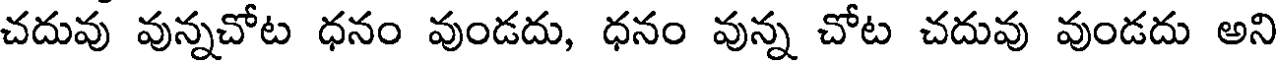
చదువు వున్నచోట ధనం వుండదు, ధనం వున్న చోట చదువు వుండదు అని